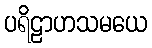
ပရိဠာဟသမယေ